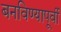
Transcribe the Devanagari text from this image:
बनविण्यापूर्वी